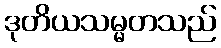
ဒုတိယသမ္မတသည်